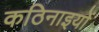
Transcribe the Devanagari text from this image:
कठिनाइयोें